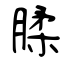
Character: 腬